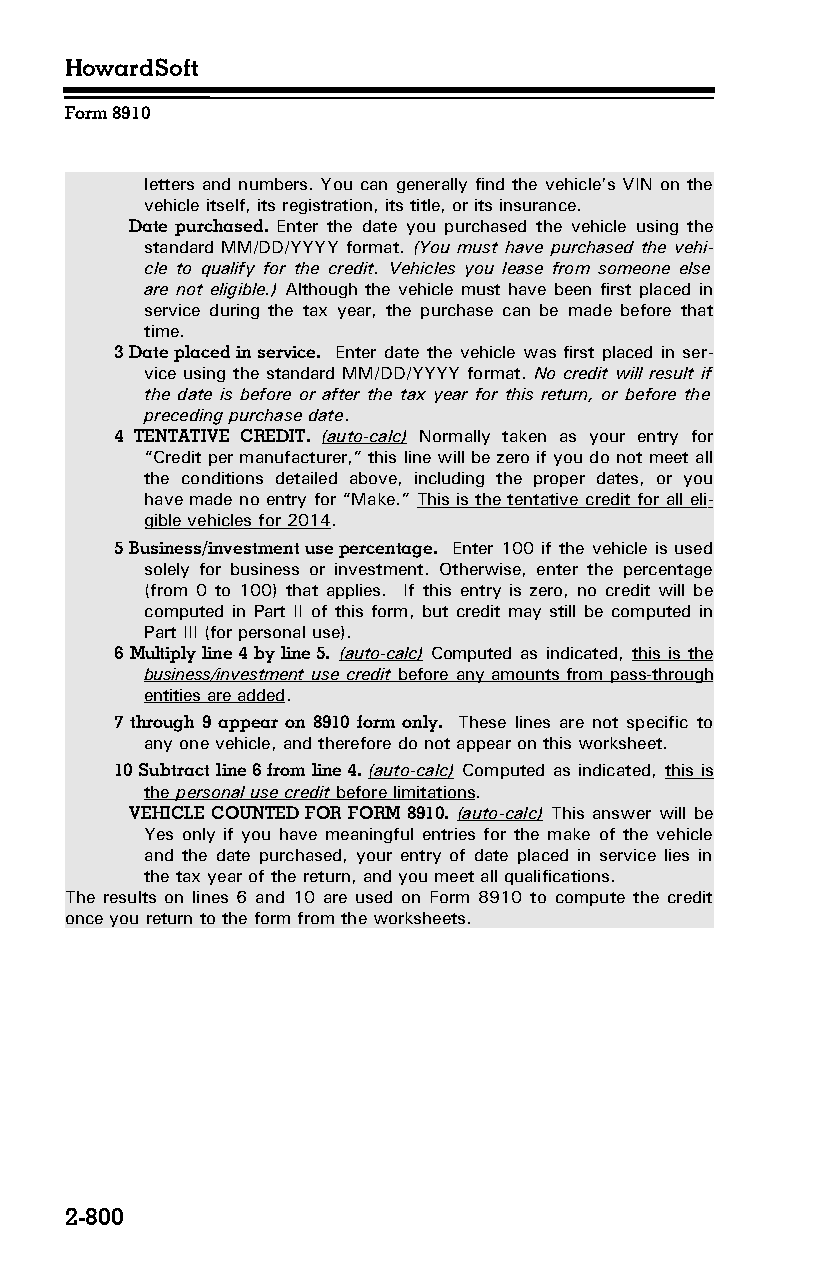
HowardSoft
 Form 8910
 letters and numbers. You can generally find the vehicle’s VIN on the
 vehicle itself, its registration, its title, or its insurance.
 Date purchased. Enter the date you purchased the vehicle using the
 standard MM/DD/YYYY format. (You must have purchased the vehi­
 cle to qualify for the credit. Vehicles you lease from someone else
 are not eligible.) Although the vehicle must have been first placed in
 service during the tax year, the purchase can be made before that
 time.
 3 Date placed in service. Enter date the vehicle was first placed in ser­
 vice using the standard MM/DD/YYYY format. No credit will result if
 the date is before or after the tax year for this return, or before the
 preceding purchase date.
 4 TENTATIVE CREDIT. (auto-calc) Normally taken as your entry for
 “Credit per manufacturer,” this line will be zero if you do not meet all
 the conditions detailed above, including the proper dates, or you
 have made no entry for “Make.” This is the tentative credit for all eli­
 gible vehicles for 2014.
 5 Business/investment use percentage. Enter 100 if the vehicle is used
 solely for business or investment. Otherwise, enter the percentage
 (from 0 to 100) that applies. If this entry is zero, no credit will be
 computed in Part II of this form, but credit may still be computed in
 Part III (for personal use).
 6 Multiply line 4 by line 5. (auto-calc) Computed as indicated, this is the
 business/investment use credit before any amounts from pass-through
 entities are added.
 7 through 9 appear on 8910 form only. These lines are not specific to
 any one vehicle, and therefore do not appear on this worksheet.
 10 Subtract line 6 from line 4. (auto-calc) Computed as indicated, this is
 the personal use credit before limitations.
 VEHICLE COUNTED FOR FORM 8910. (auto-calc) This answer will be
 Yes only if you have meaningful entries for the make of the vehicle
 and the date purchased, your entry of date placed in service lies in
 the tax year of the return, and you meet all qualifications.
 The results on lines 6 and 10 are used on Form 8910 to compute the credit
 once you return to the form from the worksheets.
 2-800